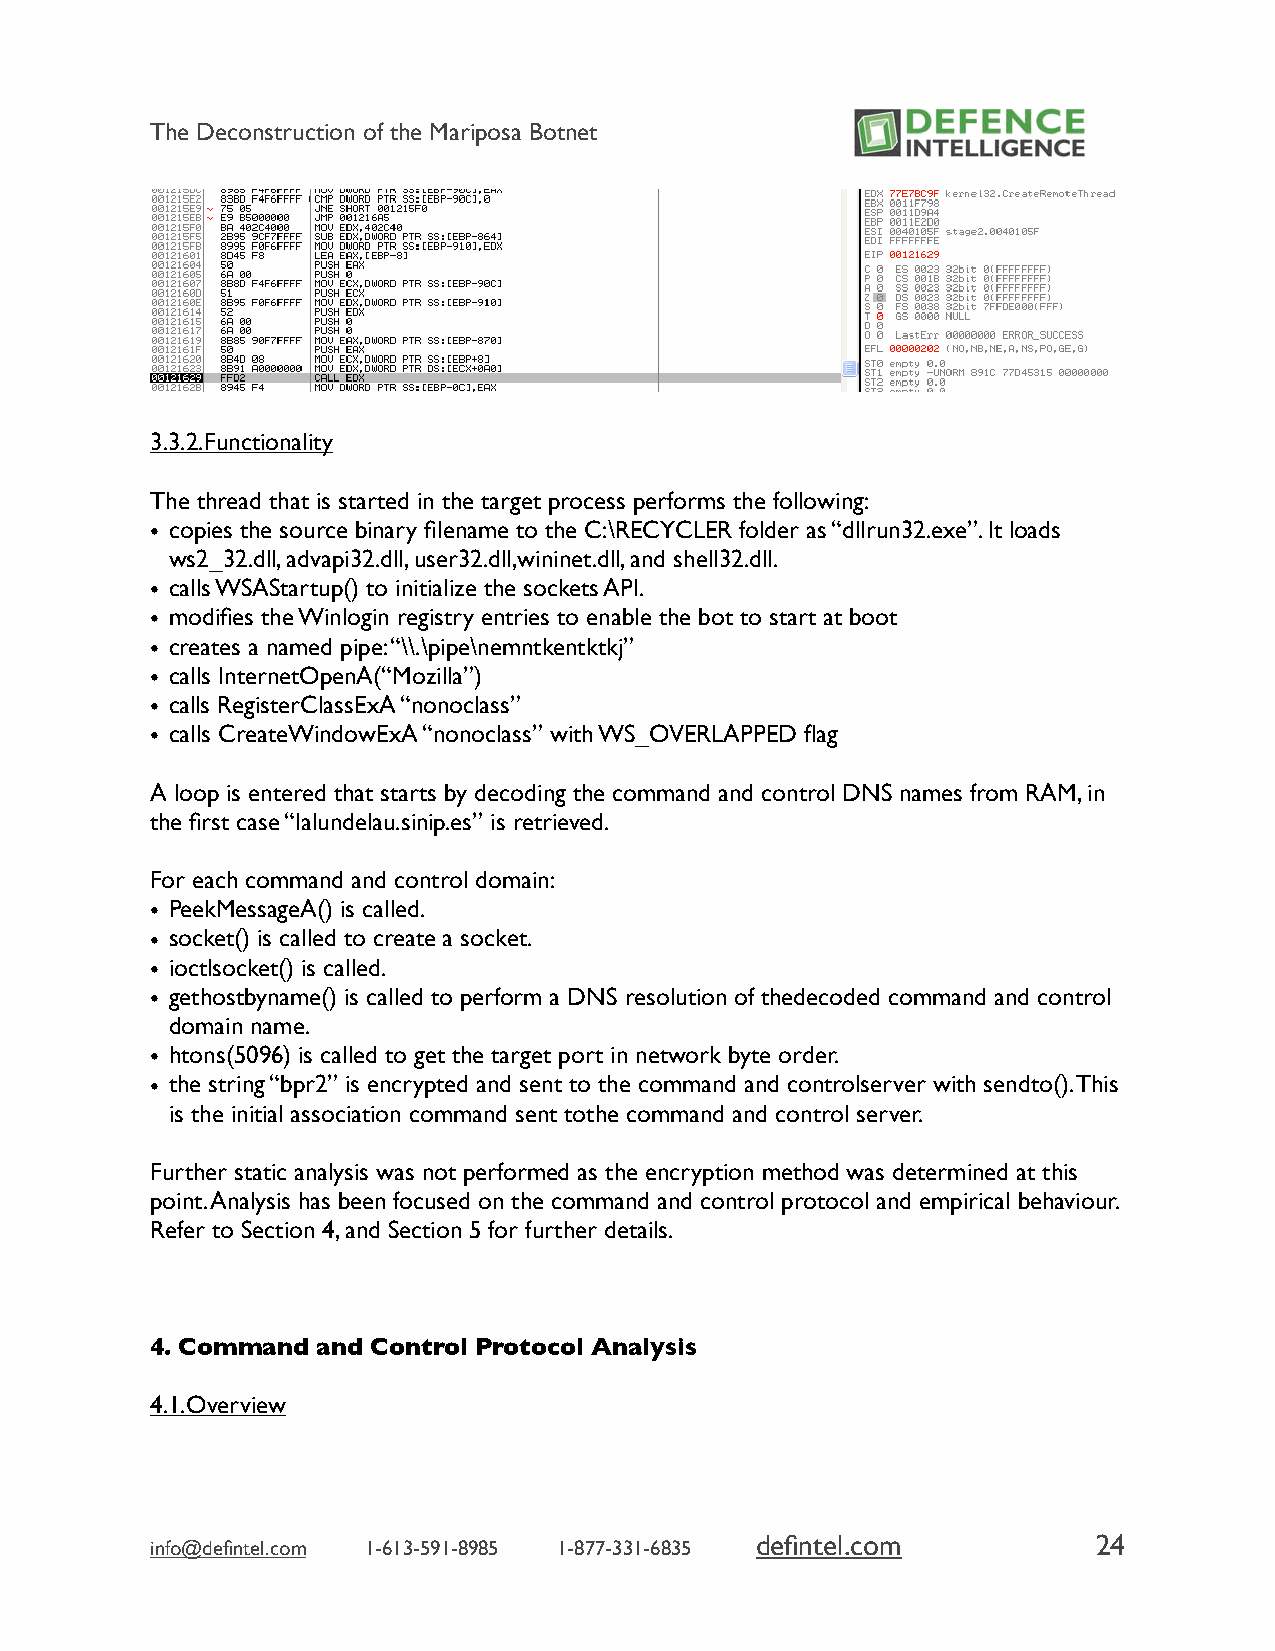
The Deconstruction of the Mariposa Botnet
 3.3.2.Functionality
 The thread that is started in the target process performs the following:
 • copies the source binary filename to the C:\RECYCLER folder as “dllrun32.exe”. It loads
 ws2_32.dll, advapi32.dll, user32.dll,wininet.dll, and shell32.dll.
 • calls WSAStartup() to initialize the sockets API.
 • modifies the Winlogin registry entries to enable the bot to start at boot
 • creates a named pipe: “\\.\pipe\nemntkentktkj”
 • calls InternetOpenA(“Mozilla”)
 • calls RegisterClassExA “nonoclass”
 • calls CreateWindowExA “nonoclass” with WS_OVERLAPPED flag
 A loop is entered that starts by decoding the command and control DNS names from RAM, in
 the first case “lalundelau.sinip.es” is retrieved.
 For each command and control domain:
 • PeekMessageA() is called.
 • socket() is called to create a socket.
 • ioctlsocket() is called.
 • gethostbyname() is called to perform a DNS resolution of thedecoded command and control
 domain name.
 • htons(5096) is called to get the target port in network byte order.
 • the string “bpr2” is encrypted and sent to the command and controlserver with sendto(). This
 is the initial association command sent tothe command and control server.
 Further static analysis was not performed as the encryption method was determined at this
 point. Analysis has been focused on the command and control protocol and empirical behaviour.
 Refer to Section 4, and Section 5 for further details.
 4. Command and Control Protocol Analysis
 4.1.Overview
 defintel.com           24
 info@defintel.com 1-613-591-8985 1-877-331-6835